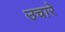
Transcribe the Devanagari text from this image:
उचारे